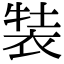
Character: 𧚒